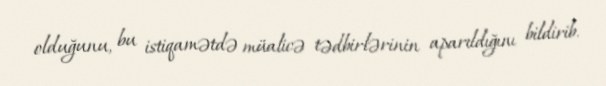
olduğunu, bu istiqamətdə müalicə tədbirlərinin aparıldığını bildirib.